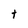
Character: t